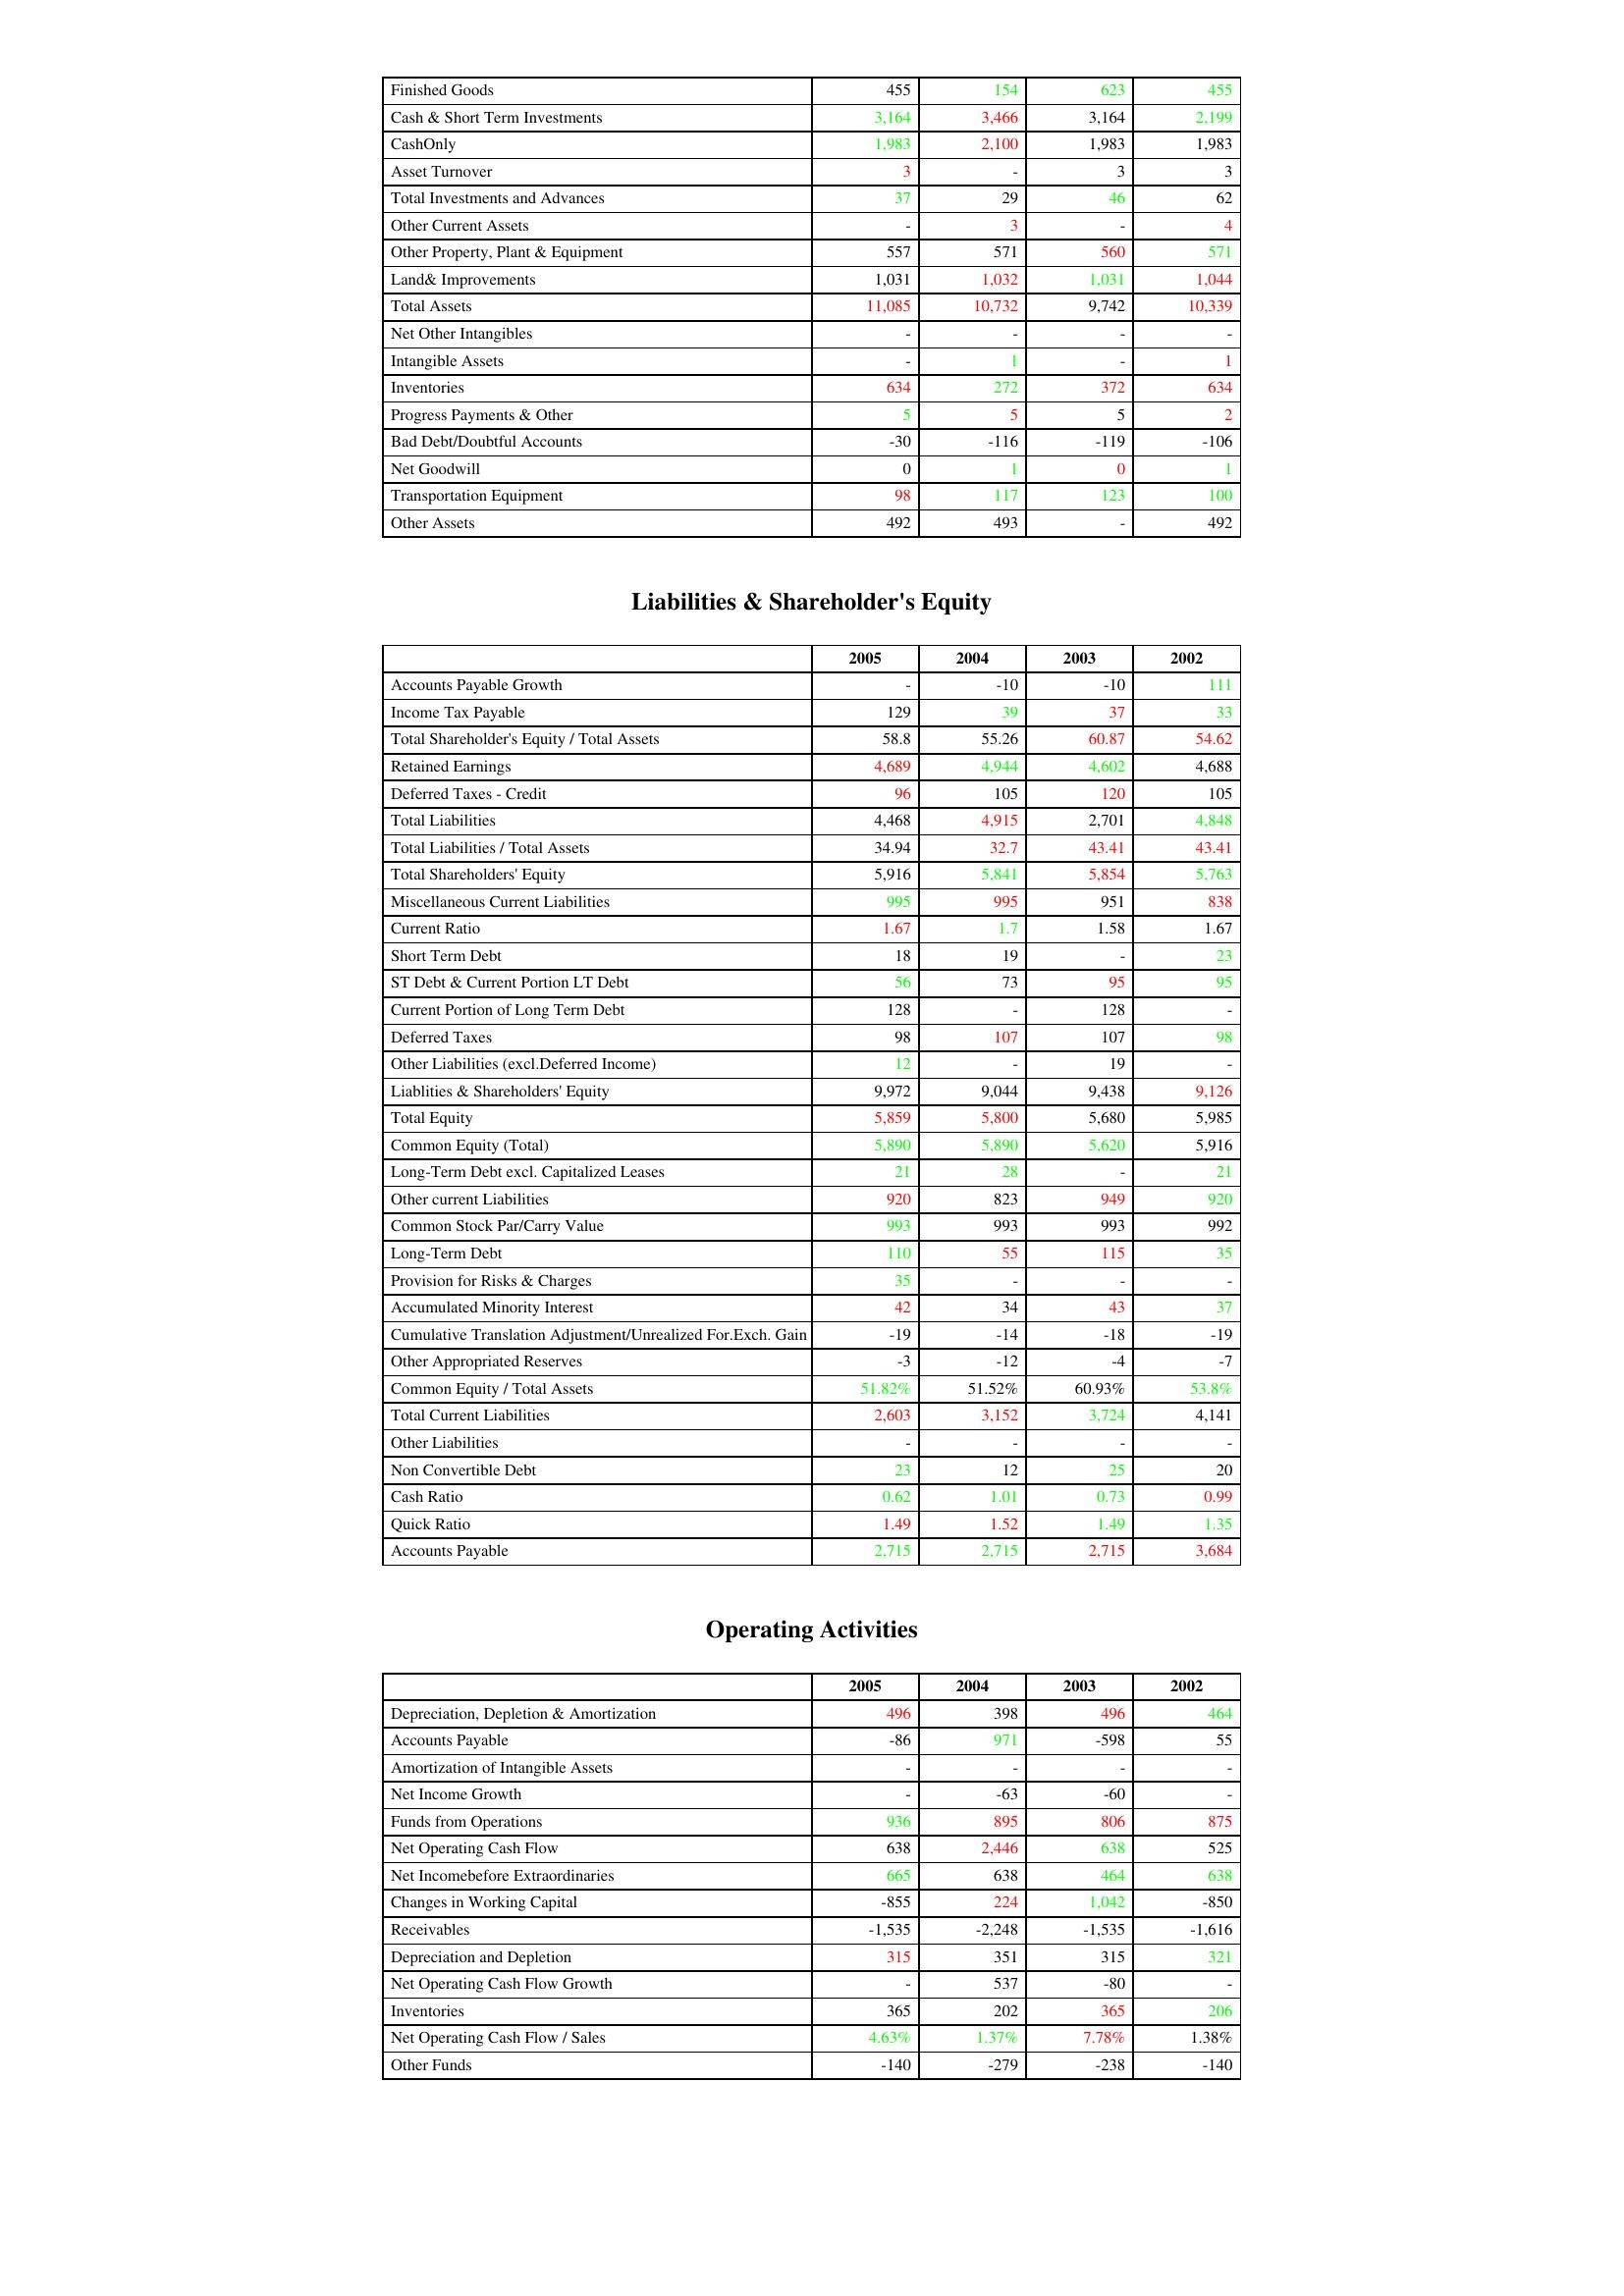
gt_parse: 2005: Assets: Finished Goods: 455
Cash & Short Term Investments: 3,164
CashOnly: 1,983
Asset Turnover: 3
Total Investments and Advances: 37
Other Current Assets: -
Other Property, Plant & Equipment: 557
Land& Improvements: 1,031
Total Assets: 11,085
Net Other Intangibles: -
Intangible Assets: -
Inventories: 634
Progress Payments & Other: 5
Bad Debt/Doubtful Accounts: -30
Net Goodwill: 0
Transportation Equipment: 98
Other Assets: 492
Liabilities & Shareholder's Equity: Accounts Payable Growth: -
Income Tax Payable: 129
Total Shareholder's Equity / Total Assets: 58.8
Retained Earnings: 4,689
Deferred Taxes - Credit: 96
Total Liabilities: 4,468
Total Liabilities / Total Assets: 34.94
Total Shareholders' Equity: 5,916
Miscellaneous Current Liabilities: 995
Current Ratio: 1.67
Short Term Debt: 18
ST Debt & Current Portion LT Debt: 56
Current Portion of Long Term Debt: 128
Deferred Taxes: 98
Other Liabilities (excl.Deferred Income): 12
Liablities & Shareholders' Equity: 9,972
Total Equity: 5,859
Common Equity (Total): 5,890
Long-Term Debt excl. Capitalized Leases: 21
Other current Liabilities: 920
Common Stock Par/Carry Value: 993
Long-Term Debt: 110
Provision for Risks & Charges: 35
Accumulated Minority Interest: 42
Cumulative Translation Adjustment/Unrealized For.Exch. Gain: -19
Other Appropriated Reserves: -3
Common Equity / Total Assets: 51.82%
Total Current Liabilities: 2,603
Other Liabilities: -
Non Convertible Debt: 23
Cash Ratio: 0.62
Quick Ratio: 1.49
Accounts Payable: 2,715
Operating Activities: Depreciation, Depletion & Amortization: 496
Accounts Payable: -86
Amortization of Intangible Assets: -
Net Income Growth: -
Funds from Operations: 936
Net Operating Cash Flow: 638
Net Incomebefore Extraordinaries: 665
Changes in Working Capital: -855
Receivables: -1,535
Depreciation and Depletion: 315
Net Operating Cash Flow Growth: -
Inventories: 365
Net Operating Cash Flow / Sales: 4.63%
Other Funds: -140
2004: Assets: Finished Goods: 154
Cash & Short Term Investments: 3,466
CashOnly: 2,100
Asset Turnover: -
Total Investments and Advances: 29
Other Current Assets: 3
Other Property, Plant & Equipment: 571
Land& Improvements: 1,032
Total Assets: 10,732
Net Other Intangibles: -
Intangible Assets: 1
Inventories: 272
Progress Payments & Other: 5
Bad Debt/Doubtful Accounts: -116
Net Goodwill: 1
Transportation Equipment: 117
Other Assets: 493
Liabilities & Shareholder's Equity: Accounts Payable Growth: -10
Income Tax Payable: 39
Total Shareholder's Equity / Total Assets: 55.26
Retained Earnings: 4,944
Deferred Taxes - Credit: 105
Total Liabilities: 4,915
Total Liabilities / Total Assets: 32.7
Total Shareholders' Equity: 5,841
Miscellaneous Current Liabilities: 995
Current Ratio: 1.7
Short Term Debt: 19
ST Debt & Current Portion LT Debt: 73
Current Portion of Long Term Debt: -
Deferred Taxes: 107
Other Liabilities (excl.Deferred Income): -
Liablities & Shareholders' Equity: 9,044
Total Equity: 5,800
Common Equity (Total): 5,890
Long-Term Debt excl. Capitalized Leases: 28
Other current Liabilities: 823
Common Stock Par/Carry Value: 993
Long-Term Debt: 55
Provision for Risks & Charges: -
Accumulated Minority Interest: 34
Cumulative Translation Adjustment/Unrealized For.Exch. Gain: -14
Other Appropriated Reserves: -12
Common Equity / Total Assets: 51.52%
Total Current Liabilities: 3,152
Other Liabilities: -
Non Convertible Debt: 12
Cash Ratio: 1.01
Quick Ratio: 1.52
Accounts Payable: 2,715
Operating Activities: Depreciation, Depletion & Amortization: 398
Accounts Payable: 971
Amortization of Intangible Assets: -
Net Income Growth: -63
Funds from Operations: 895
Net Operating Cash Flow: 2,446
Net Incomebefore Extraordinaries: 638
Changes in Working Capital: 224
Receivables: -2,248
Depreciation and Depletion: 351
Net Operating Cash Flow Growth: 537
Inventories: 202
Net Operating Cash Flow / Sales: 1.37%
Other Funds: -279
2003: Assets: Finished Goods: 623
Cash & Short Term Investments: 3,164
CashOnly: 1,983
Asset Turnover: 3
Total Investments and Advances: 46
Other Current Assets: -
Other Property, Plant & Equipment: 560
Land& Improvements: 1,031
Total Assets: 9,742
Net Other Intangibles: -
Intangible Assets: -
Inventories: 372
Progress Payments & Other: 5
Bad Debt/Doubtful Accounts: -119
Net Goodwill: 0
Transportation Equipment: 123
Other Assets: -
Liabilities & Shareholder's Equity: Accounts Payable Growth: -10
Income Tax Payable: 37
Total Shareholder's Equity / Total Assets: 60.87
Retained Earnings: 4,602
Deferred Taxes - Credit: 120
Total Liabilities: 2,701
Total Liabilities / Total Assets: 43.41
Total Shareholders' Equity: 5,854
Miscellaneous Current Liabilities: 951
Current Ratio: 1.58
Short Term Debt: -
ST Debt & Current Portion LT Debt: 95
Current Portion of Long Term Debt: 128
Deferred Taxes: 107
Other Liabilities (excl.Deferred Income): 19
Liablities & Shareholders' Equity: 9,438
Total Equity: 5,680
Common Equity (Total): 5,620
Long-Term Debt excl. Capitalized Leases: -
Other current Liabilities: 949
Common Stock Par/Carry Value: 993
Long-Term Debt: 115
Provision for Risks & Charges: -
Accumulated Minority Interest: 43
Cumulative Translation Adjustment/Unrealized For.Exch. Gain: -18
Other Appropriated Reserves: -4
Common Equity / Total Assets: 60.93%
Total Current Liabilities: 3,724
Other Liabilities: -
Non Convertible Debt: 25
Cash Ratio: 0.73
Quick Ratio: 1.49
Accounts Payable: 2,715
Operating Activities: Depreciation, Depletion & Amortization: 496
Accounts Payable: -598
Amortization of Intangible Assets: -
Net Income Growth: -60
Funds from Operations: 806
Net Operating Cash Flow: 638
Net Incomebefore Extraordinaries: 464
Changes in Working Capital: 1,042
Receivables: -1,535
Depreciation and Depletion: 315
Net Operating Cash Flow Growth: -80
Inventories: 365
Net Operating Cash Flow / Sales: 7.78%
Other Funds: -238
2002: Assets: Finished Goods: 455
Cash & Short Term Investments: 2,199
CashOnly: 1,983
Asset Turnover: 3
Total Investments and Advances: 62
Other Current Assets: 4
Other Property, Plant & Equipment: 571
Land& Improvements: 1,044
Total Assets: 10,339
Net Other Intangibles: -
Intangible Assets: 1
Inventories: 634
Progress Payments & Other: 2
Bad Debt/Doubtful Accounts: -106
Net Goodwill: 1
Transportation Equipment: 100
Other Assets: 492
Liabilities & Shareholder's Equity: Accounts Payable Growth: 111
Income Tax Payable: 33
Total Shareholder's Equity / Total Assets: 54.62
Retained Earnings: 4,688
Deferred Taxes - Credit: 105
Total Liabilities: 4,848
Total Liabilities / Total Assets: 43.41
Total Shareholders' Equity: 5,763
Miscellaneous Current Liabilities: 838
Current Ratio: 1.67
Short Term Debt: 23
ST Debt & Current Portion LT Debt: 95
Current Portion of Long Term Debt: -
Deferred Taxes: 98
Other Liabilities (excl.Deferred Income): -
Liablities & Shareholders' Equity: 9,126
Total Equity: 5,985
Common Equity (Total): 5,916
Long-Term Debt excl. Capitalized Leases: 21
Other current Liabilities: 920
Common Stock Par/Carry Value: 992
Long-Term Debt: 35
Provision for Risks & Charges: -
Accumulated Minority Interest: 37
Cumulative Translation Adjustment/Unrealized For.Exch. Gain: -19
Other Appropriated Reserves: -7
Common Equity / Total Assets: 53.8%
Total Current Liabilities: 4,141
Other Liabilities: -
Non Convertible Debt: 20
Cash Ratio: 0.99
Quick Ratio: 1.35
Accounts Payable: 3,684
Operating Activities: Depreciation, Depletion & Amortization: 464
Accounts Payable: 55
Amortization of Intangible Assets: -
Net Income Growth: -
Funds from Operations: 875
Net Operating Cash Flow: 525
Net Incomebefore Extraordinaries: 638
Changes in Working Capital: -850
Receivables: -1,616
Depreciation and Depletion: 321
Net Operating Cash Flow Growth: -
Inventories: 206
Net Operating Cash Flow / Sales: 1.38%
Other Funds: -140